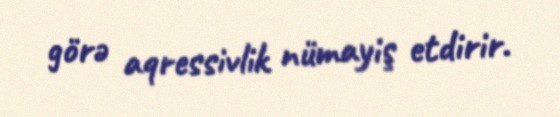
görə aqressivlik nümayiş etdirir.